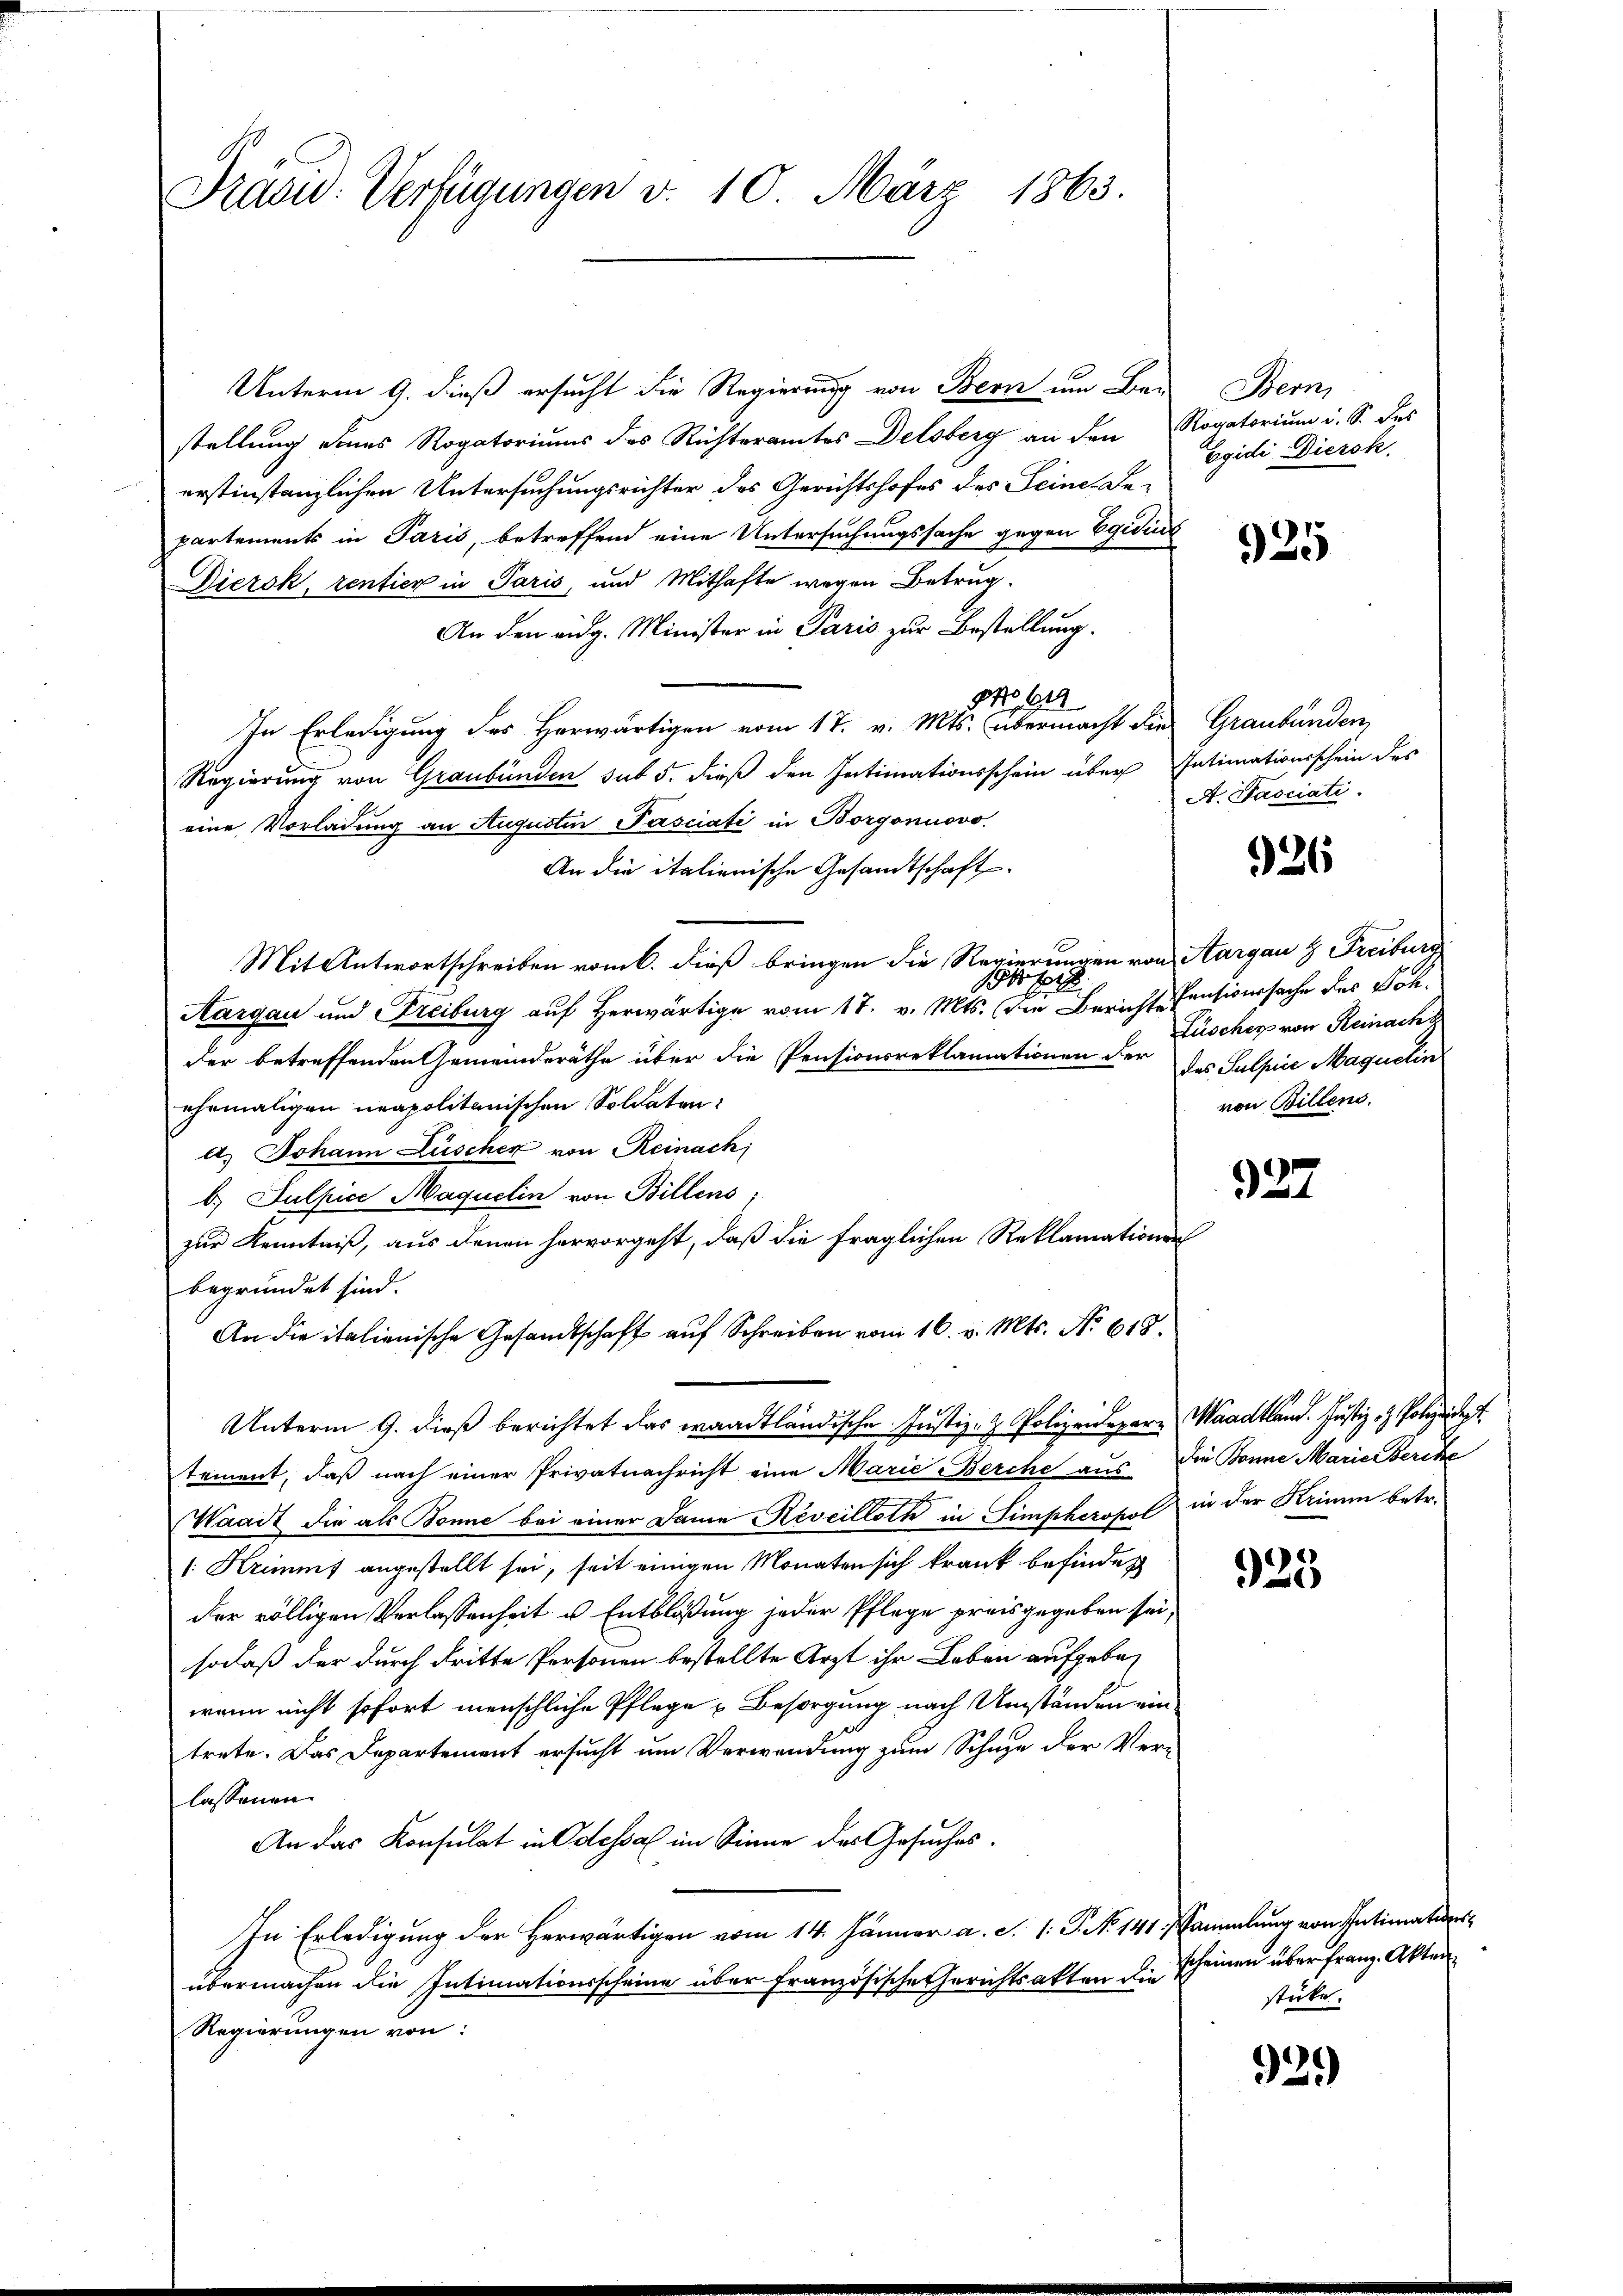
Präsid. Verfügungen d. 10. März 1865.

Unterm 9. dieß ersucht die Regierung von Bern um Ber
stellung eines Rogatoriums des Richteramtes Delsberg an den Rogatorium i. S. des
erstinstanzlichen Untersuchungsrichter des Gerichtshofes des Seine De-
partements in Paris, betreffend eine Untersuchungssache gegen Egiding
Diersk, rentier in Paris, und Mithafte wegen Betrug.
An den eidg. Minister in Paris zur Bestellung.
g No. 92
In Erledigung des Herwärtigen vom 17. v. Mts. übermacht die Graubünden,
Regierung von Graubünden sub 5. dieß den Intimationsschein über
eine Vorladung an Augustin Pasciati in Borgonuovo
An die italienische Gesandtschaft
Mit Antwortschreiben vom 6. dieß bringen die Regierungen von Aargau & Freiburg
1884
Aargau und Freiburg auf Herwärtige vom 17. v. Mts. die Berichtes
der betreffenden Gemeinderäthe über die Pensionsreklamationen der des Sulpice Maquetin
ehrmaligen neapolitanischen Soldaten:
a. Johann Lüscher von Reinach
b. Sulpice Maquelin von Billens;
zur Kenntniß, aus denen hervorgeht, daß die fraglichen Reklamationen
begründet sind.
An die italienische Gesandtschaft auf Schreiben vom 16. v. Mts. N. 618.
Unterm 9. dieß berichtet das waadtländische Justiz- & Polizeidepartement, daß nach einer Privatnachricht eine Marie Berche aus die Bonne Marie Berche
Waadt die als Bonne bei einer Dame Reveilloth in Simpheropol
| Krimmt angestellt sei, seit einigen Monaten sich krank befindet
der völligen Verlassenheit u. Entblösung jeder Pflege preisgegeben sei,
sodaß der durch dritte Personen bestellte Arzt ihr Leben aufgebewenn nicht sofort menschliche Pflege u Besorgung nach Umständen ein
trete. Das Departement ersucht um Verwendung zum Schuze der Verlassenen
An das Konsulat in Odessa im Sinne des Gesuches.
In Erledigung der Herwärtigen vom 14. Jänner a. S. 1. P. Nr. 141 sammlung von Intimationsübermachen die Intimationsscheine über französische Gerichtsakten die
Regierungen von:

Bern,
Egidi Diersk.

925

Intimationsschein des
A. Fasciati

26

Pensionssache des Joh.
Lüscher von Reinachz
von Billens.

927.

Mändkland. Justiz- & Polizeidigt.
in der Krimin betr.

925

scheinen über franz. Akten
stücke.

92.)